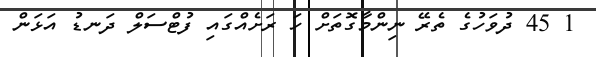
1 45 ދުވަހުގެ ތެރޭ ނިންމާގޮތަށް ހަ ރަށެއްގައި ފުޓްސަލް ދަނޑު އަޅަން